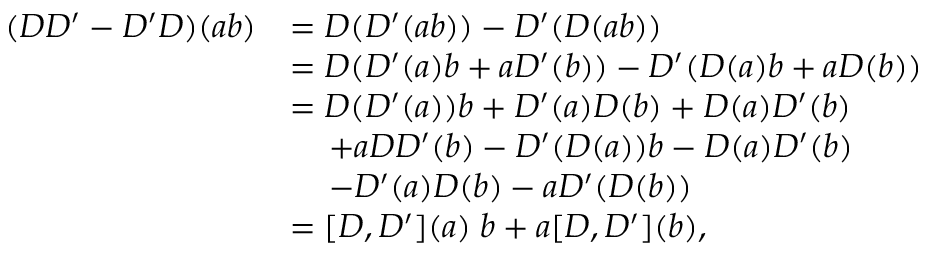
\begin{array} { r l } { ( D D ^ { \prime } - D ^ { \prime } D ) ( a b ) } & { = D ( D ^ { \prime } ( a b ) ) - D ^ { \prime } ( D ( a b ) ) } \\ & { = D ( D ^ { \prime } ( a ) b + a D ^ { \prime } ( b ) ) - D ^ { \prime } ( D ( a ) b + a D ( b ) ) } \\ & { = D ( D ^ { \prime } ( a ) ) b + D ^ { \prime } ( a ) D ( b ) + D ( a ) D ^ { \prime } ( b ) } \\ & { \quad \, + a D D ^ { \prime } ( b ) - D ^ { \prime } ( D ( a ) ) b - D ( a ) D ^ { \prime } ( b ) } \\ & { \quad \, - D ^ { \prime } ( a ) D ( b ) - a D ^ { \prime } ( D ( b ) ) } \\ & { = [ D , D ^ { \prime } ] ( a ) \; b + a [ D , D ^ { \prime } ] ( b ) , } \end{array}